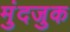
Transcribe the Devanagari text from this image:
मुंदजुक